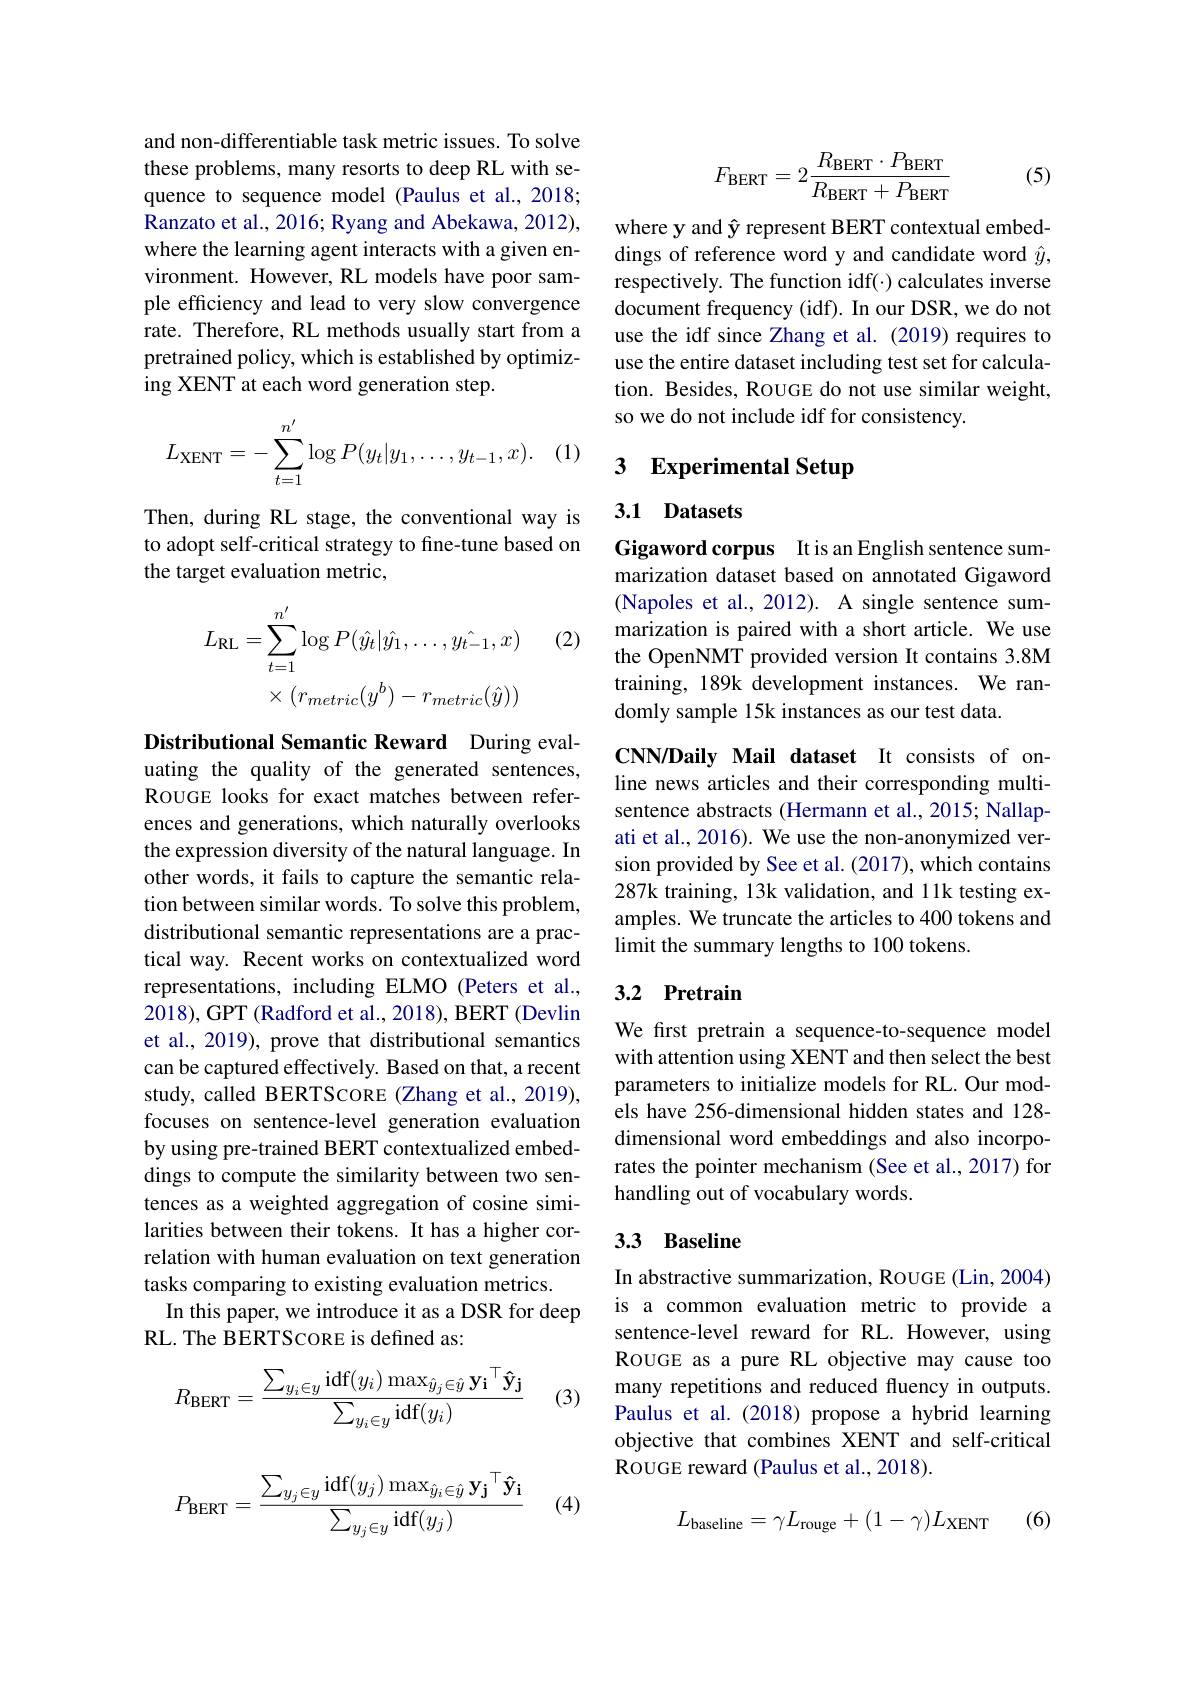
and non-differentiable task metric issues. To solve these problems, many resorts to deep RL with sequence to sequence model (Paulus et al., 2018; Ranzato et al., 2016; Ryang and Abekawa, 2012), where the learning agent interacts with a given environment. However, RL models have poor sample efficiency and lead to very slow convergence rate. Therefore, RL methods usually start from a pretrained policy, which is established by optimizing XENT at each word generation step.
$$L_{\text{XENT}}=-\sum_{t=1}^{n'}\log P(y_t|y_1,\ldots,y_{t-1},x).$$
(1

Then, during RL stage, the conventional way is to adopt self-critical strategy to fine-tune based on the target evaluation metric,

(2)
$$\begin{aligned}L_{\mathrm{RL}}&=\sum_{t=1}^{n^{\prime}}\log P(\hat{y_{t}}|\hat{y_{1}},\ldots,\hat{y_{t-1}},x)\\&\times(r_{metric}(y^{b})-r_{metric}(\hat{y}))\end{aligned}$$
Distributional Semantic Reward During evaluating the quality of the generated sentences, ROUGE looks for exact matches between references and generations, which naturally overlooks the expression diversity of the natural language. In other words, it fails to capture the semantic relation between similar words. To solve this problem, distributional semantic representations are a practical way. Recent works on contextualized word representations, including ELMO (Peters et al., 2018), GPT (Radford et al., 2018), BERT (Devlin et al., 2019), prove that distributional semantics can be captured effectively. Based on that, a recent study, called BERTScoRE (Zhang et al., 2019), focuses on sentence-level generation evaluation by using pre-trained BERT contextualized embeddings to compute the similarity between two sentences as a weighted aggregation of cosine similarities between their tokens. It has a higher correlation with human evaluation on text generation tasks comparing to existing evaluation metrics.
In this paper, we introduce it as a DSR for deep
RL. The BERTSCORE is defined as:
$$R_{\mathrm{BERT}}=\frac{\sum_{y_{i}\in y}\mathrm{idf}(y_{i})\max_{\hat{y}_{j}\in\hat{y}}\mathbf{y_{i}}^{\top}\mathbf{\hat{y}_{j}}}{\sum_{y_{i}\in y}\mathrm{idf}(y_{i})}\\P_{\mathrm{BERT}}=\frac{\sum_{y_{j}\in y}\mathrm{idf}(y_{j})\max_{\hat{y}_{i}\in\hat{y}}\mathbf{y_{j}}^{\top}\mathbf{\hat{y}_{i}}}{\sum_{y_{j}\in y}\mathrm{idf}(y_{j})}$$
(3)

(4)
$$F_{\text{BERT}}=2\frac{R_{\text{BERT}}\cdot P_{\text{BERT}}}{R_{\text{BERT}}+P_{\text{BERT}}}$$
(5)

where y and $\hat{\mathbf{y}}$ represent BERT contextual embeddings of reference word y and candidate word $\hat{y}$, respectively. The function idf(·) calculates inverse document frequency (idf). In our DSR, we do not use the idf since Zhang et al. (2019) requires to use the entire dataset including test set for calculation. Besides, RoUGE do not use similar weight, so we do not include idf for consistency.

# 3 Experimental Setup

## 3.1 Datasets

Gigaword corpus It is an English sentence summarization dataset based on annotated Gigaword (Napoles et al., 2012). A single sentence summarization is paired with a short article. We use the OpenNMT provided version It contains 3.8M training, 189k development instances. We randomly sample 15k instances as our test data.

CNN/Daily Mail dataset It consists of online news articles and their corresponding multisentence abstracts (Hermann et al.,2015; Nallapati et al., 2016). We use the non-anonymized version provided by See et al. (2017), which contains 287k training, 13k validation, and 11k testing examples. We truncate the articles to 400 tokens and limit the summary lengths to 100 tokens.

## 3.2 Pretrain

We first pretrain a sequence-to-sequence model with attention using XENT and then select the best parameters to initialize models for RL. Our models have 256-dimensional hidden states and 128- dimensional word embeddings and also incorporates the pointer mechanism (See et al., 2017) for handling out of vocabulary words.

## 3.3 Baseline

In abstractive summarization, RoUGE (Lin, 2004) is a common evaluation metric to provide a sentence-level reward for RL. However, using ROUGE as a pure RL objective may cause too many repetitions and reduced fluency in outputs. Paulus et al.(2018) propose a hybrid learning objective that combines XENT and self-critical ROUGE reward (Paulus et al., 2018).

(6)
$$L_{\mathrm{baseline}}=\gamma L_{\mathrm{rouge}}+(1-\gamma)L_{\mathrm{XENT}}$$